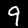
Label: 9